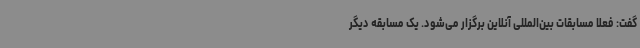
گفت: فعلا مسابقات بین‌المللی آنلاین برگزار می‌شود. یک مسابقه دیگر